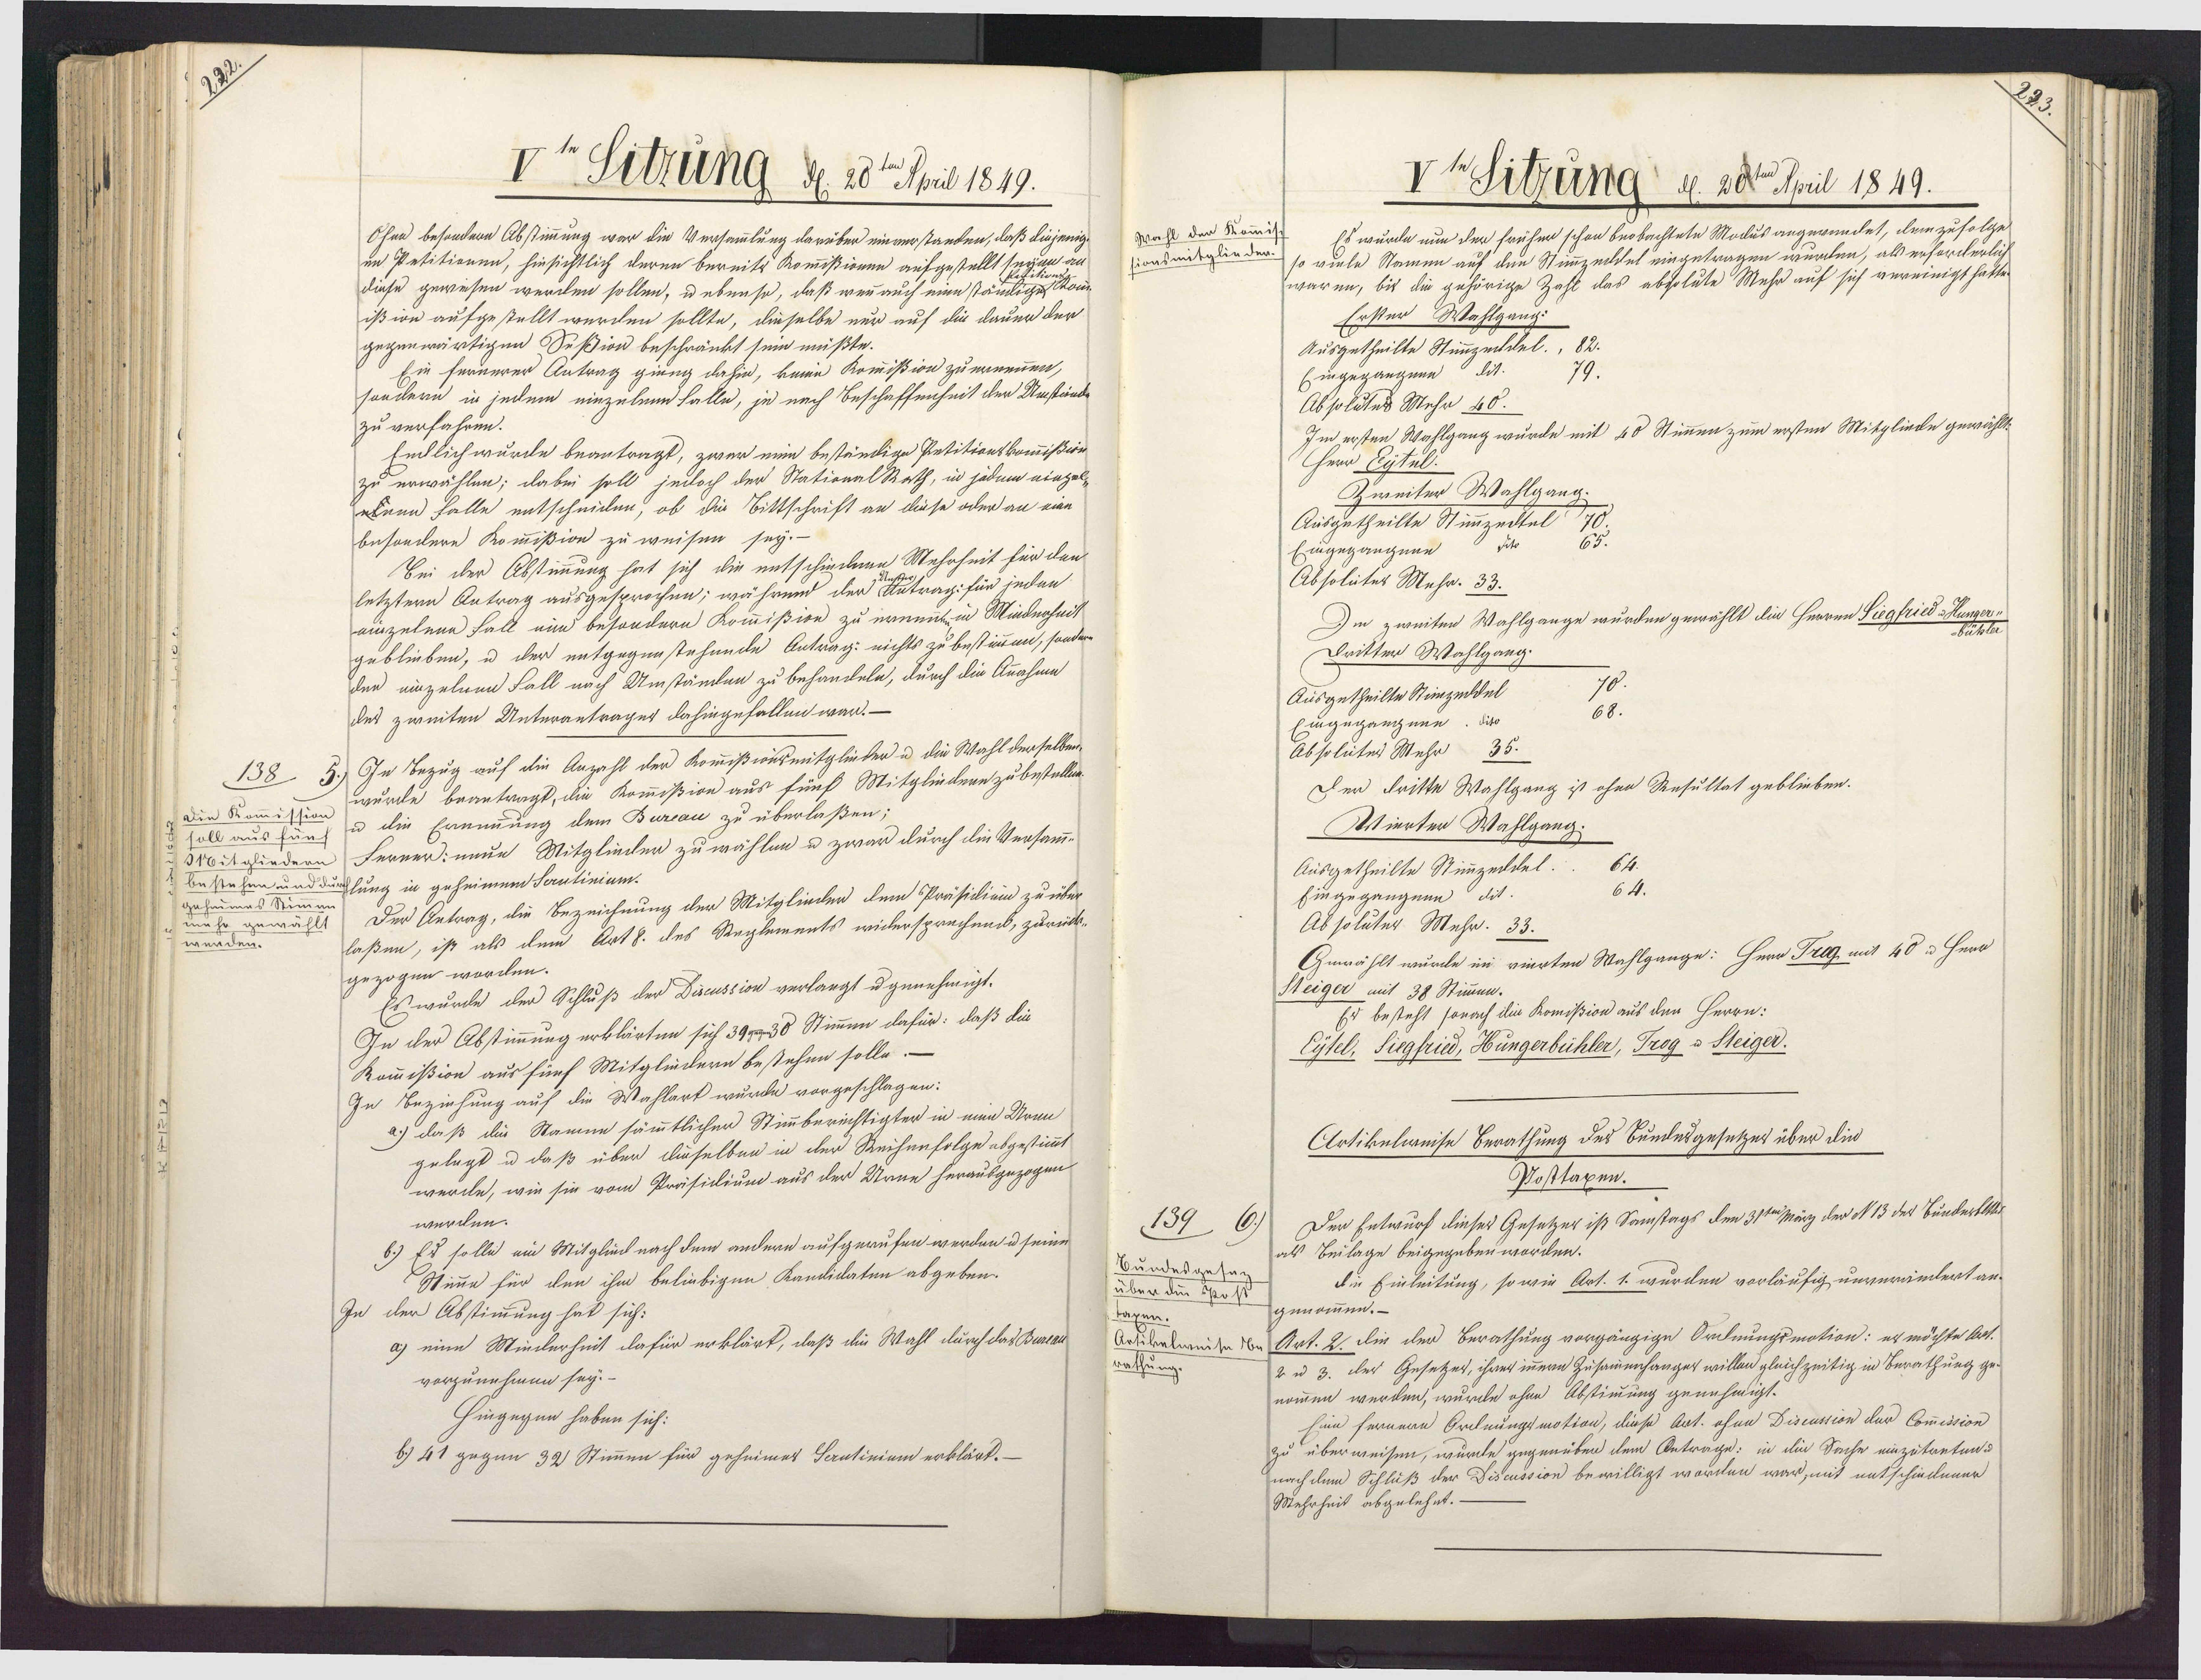
3

V Sitzung d. 28te Apil 1819.
Ohee besondern Abstimmung war die Versammlung darüber einverstanden, daß diejenig
in Petitionen, hinsichtlich deren bereits Komißionen aufgestellt seyn
diese gewesen werden sollen, u ebenso, daß wenn auch eine stänliges
ißtwe aufgestellt werden sollte, dieselbe nur auf die dauer der
gegenwärtigen Seßion beschränkt sein müßte.
Ein fernerer Antrag giung dahin, keine Kommißion zu ernennen,
sondern in jedem einzeleen Falle, je nach Beschaffenheit der Umstände
zu verfahren.
Endlichwurde beantragt, zwar nin beständige Petitionskommißion
zu erwählen; dabei soll jedoch der StationalRath, in jedem einzel¬
ekenn Falle entscheiden, ob die Bittschrift an diese oder an eine
besondere Kommißion zu weisen sey.-
Sei der Abstimmung hat sich die entschiedene Mehrheit für den
letztern Antrag ausgesprochen; während der  Antrag: für jeden
eizelene Fall ein besondern Kommißion zu ernent in Minderheit
geblieben, u der entgegenstehende Antrag: nichts zu bestimmen, sondern
den einzelnen Fall nach Umständen zu behandeln, durch die Anahme
des zweiten Unterantrages dahingefallen ward.—
In Bezug auf die Anzahl der Kommißionsmitglicker u die Wahl derselben
138 3
wurde beantragt, die Kommißion aus fünf Mitgliedern zu bestellen
Die Kommission
u die Erninung dem Bureau zu überlaßen;
soll aus fünf
Noitgliedern Ferner: neue Mitglieder zu wählen u zwar durch die Versamm¬
bestehen unddurhlung in geheimem Sautinium.
geheimes Stimmen
Der Antrag, die Bezeichnung der Mitglieder dem Präsidien zu über¬
mehr gewählt
laßen, ist als dem Art8. des Reglements widersprechens, zurück-
werden.
gezogen worden.
Es wurde der Schluß der Discussion verlangt ugenehmigt.
In der Abstimmung erklärten sich 3938 Stimmen dafür: daß die
Kommißion aus fünf Mitgliedern bestehen solle.-
In Beziehung auf die Wahlart wurde vorgeschlagen:
a.) daß die Stamme sämmtlicher Stimmberechtigter in men Uren
gelegt u daß über dieselben in der Reihenfolge abgestimmt
werde, wie sie vom Präsidium aus der Urne heraubgezogen
werden.
6.) Es solle ein Mitglied nach dem andern aufgerufen werden u seine
Stimme für den ihm beliebigen Kandidaten abgeben.
In der Abstimmung hat sich:
a) eine Minderheit dafür erklärt, daß die Wahl durch das Bureal
vorzunehmen sey.
Hingegen haben sich:
b) 41 gegen 32 Stimmen für geheimet Serutinium erklärt.—

Vusitzung d. 20te Pril 1849.
Wahl der Kommis
Es wurde nun der früher schon beobachtete Modus angewundet, dem zufolge
sionsantglender so viele Stamen auf den Stimmzeildel eingetragen wurden, als erforderlich
waren, bis die gehörige Zahl das absolute Mehr auf sich vereinigt hatte.
Erster Wahlgang:
Ausgetheilte Stimmzeildel., 82.
Eingegangene dit.
Absolutes Mehr 40.
Im ersten Wahlgang wurde mit 40 Stimmen zum ersten Mitgliede gewählt;
Herr Cytul.
Zweiter Wahlgang.
Ausgetheilte Stimmzedtel
Eingegangnen dito
Absolutes Mehr. 33.
Im zweiten Wahlgange wurden gewählt die Herren Siegfried¬
Dritter Wahlgang.
Ausgetheilte Stimzeddel
Eingegangene. dito
Absolutes Mehr 35.
Der lritte Wahlgang ist ohne Resultat geblieben.
Wierter Wahlgang;
Ausgetheilte Stimmzeidel.
64.
Eingegangnee dit.
Absoluter Mehr. 33.
Gewählt wurde im vierten Wahlgange: Herr Treg mit 40 u Herr
Steiger mit 38 Stimmen.
Er besteht sonach dlie Komißion aus den Herrn:
Eytel, Siegfried, Hungerbühler, Trog u Steiger.
Artikelweise Berathung des Bundesgesetzes über die
Posttaxen.
Der Entwurf dieses Gesetzer ist Samstags den 31ten März der N 13 des Bundertlklh
139
als Beilage beigegeben worden.
Bundesgesa-
die Einleitung, so wie Art. 1. wurden vorläufig unverändert an¬
über die Post
genommen.—
taxen.
Artikelweite n Art. 2. die der Berathung vorgängige Ordnungsmotion: er möchte Art¬
2 u 3. der Gesetzes, ihrer innern Zusammenhänger willen gleichzeitig in Berathung ge-
rathung
nommen werden, wurde ohne Abstimmung genehmigt.
Eine fernern Ordnungsmotion, diese Art. ohne Discussion der Commision
zu überweisen, wurde gegenüben dem Bnträge: in die Sache einzutreten d
nach dem Schluß der Discussion bewilligt worden war, mit entschiedener
Mehrheit abgelehnt.